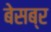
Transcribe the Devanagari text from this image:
बेसब्र